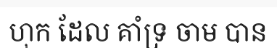
ហុក ដែល គាំទ្រ ចាម បាន